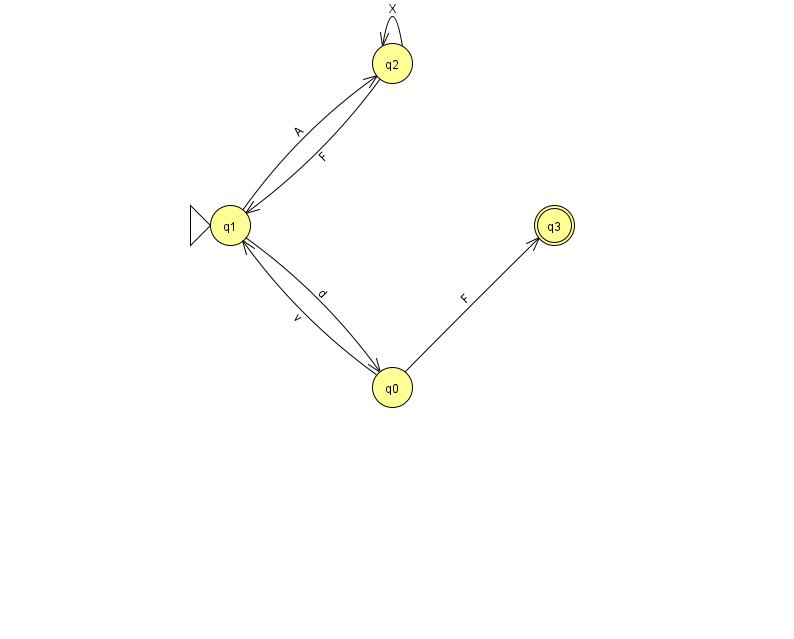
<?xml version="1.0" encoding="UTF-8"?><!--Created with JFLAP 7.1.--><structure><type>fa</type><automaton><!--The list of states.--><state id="0" name="q0"><x>392.0</x><y>374.0</y></state><state id="1" name="q1"><x>230.0</x><y>212.0</y><initial/></state><state id="2" name="q2"><x>392.0</x><y>50.0</y></state><state id="3" name="q3"><x>554.0</x><y>212.0</y><final/></state><!--The list of transitions.--><transition><from>0</from><to>1</to><read>v</read></transition><transition><from>1</from><to>2</to><read>A</read></transition><transition><from>1</from><to>0</to><read>d</read></transition><transition><from>0</from><to>3</to><read>F</read></transition><transition><from>2</from><to>1</to><read>F</read></transition><transition><from>2</from><to>2</to><read>X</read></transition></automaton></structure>